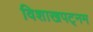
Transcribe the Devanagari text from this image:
विशाखपट्‌नम